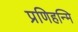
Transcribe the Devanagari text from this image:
प्रणिहन्मि